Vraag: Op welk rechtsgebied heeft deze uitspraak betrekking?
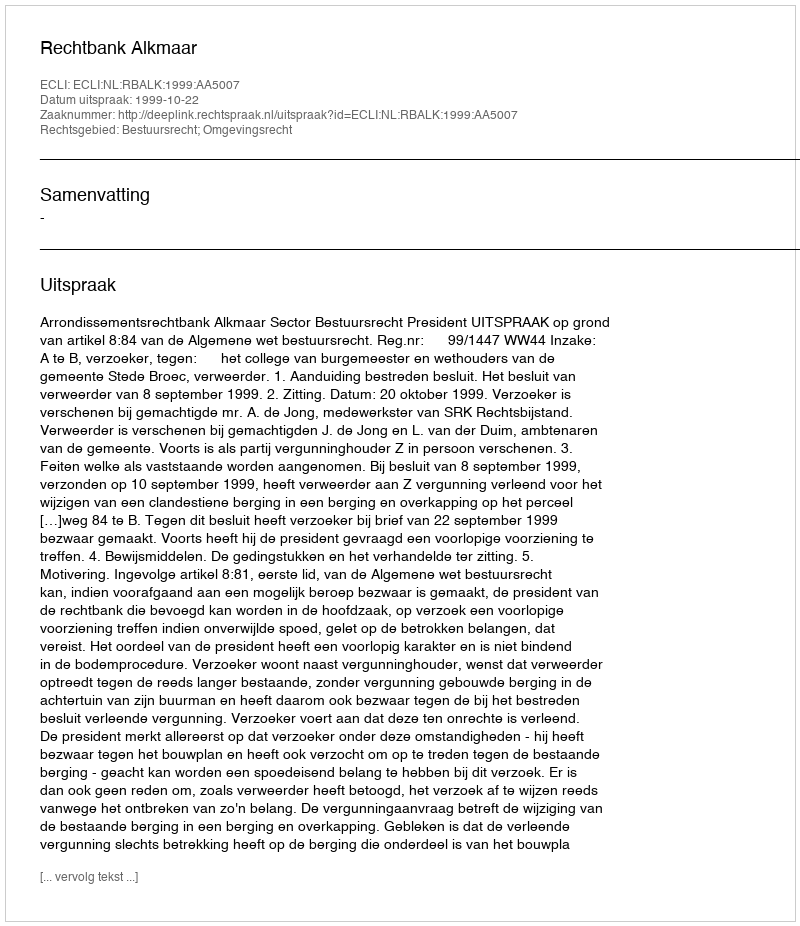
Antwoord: Bestuursrecht; Omgevingsrecht